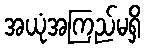
အယုံအကြည်မရှိ